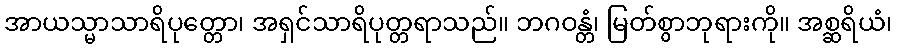
အာယသ္မာသာရိပုတ္တော၊ အရှင်သာရိပုတ္တရာသည်။ ဘဂဝန္တံ၊ မြတ်စွာဘုရားကို။ အစ္ဆရိယံ၊